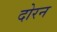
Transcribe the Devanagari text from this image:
दोरन